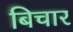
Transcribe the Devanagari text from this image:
बिचार